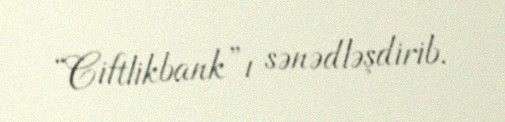
“Ciftlikbank”ı sənədləşdirib.